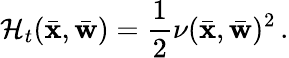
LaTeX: {\cal H}_{t}(\bar{\mathbf x},\bar{\mathbf w})=\frac{1}{2}\nu(\bar{\mathbf x},\bar{\mathbf w})^{2}\, .